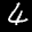
Label: 4